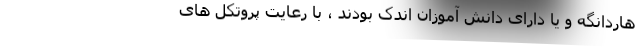
هاردانگه و یا دارای دانش آموزان اندک بودند ، با رعایت پروتکل های